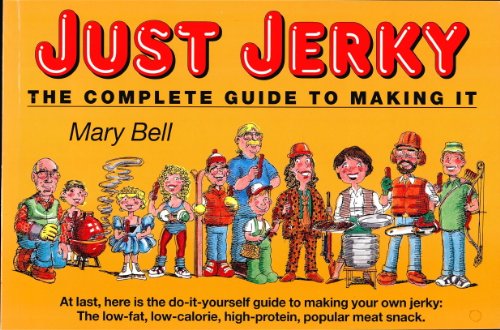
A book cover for JUST JERKY: The Complete Guide to Making It; Mary Bell; Cookbooks, Food & Wine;